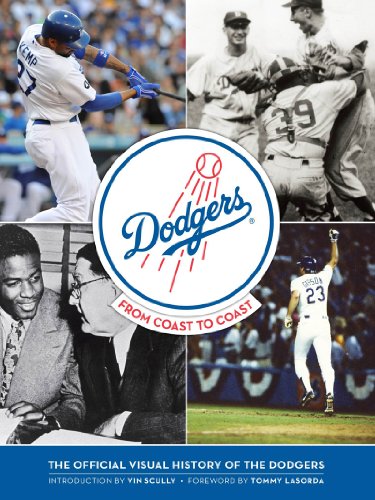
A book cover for The Dodgers: From Coast to Coast; Sports & Outdoors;